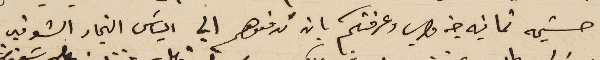
حشيمه ثمانيه جنه مصري وعرفتكم بان تدفعوهم الي الياسَ النجار الشوفير